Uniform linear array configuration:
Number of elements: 32
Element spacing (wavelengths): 0.75
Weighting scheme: uniform
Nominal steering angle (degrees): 30
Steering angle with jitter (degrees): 28.86
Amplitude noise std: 0.05
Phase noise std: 0.05

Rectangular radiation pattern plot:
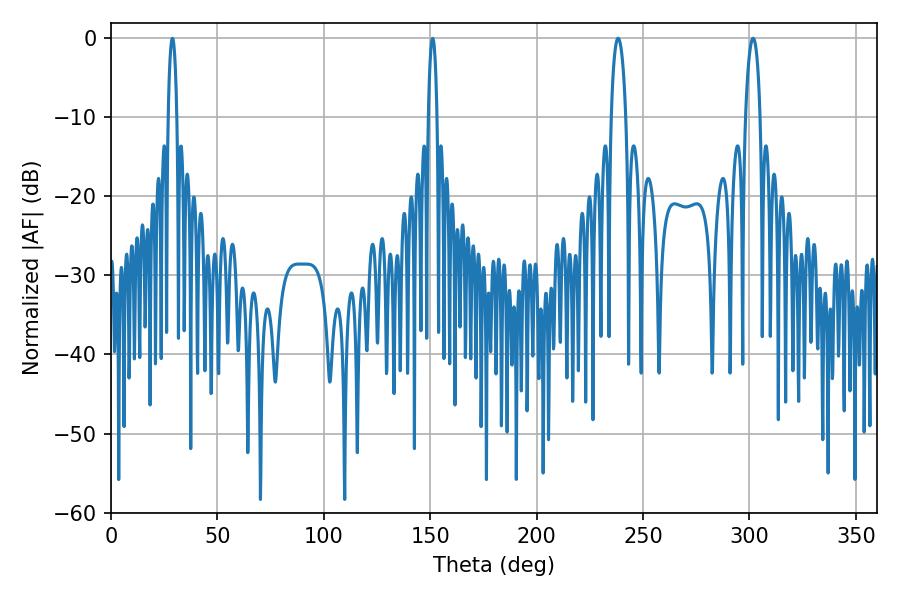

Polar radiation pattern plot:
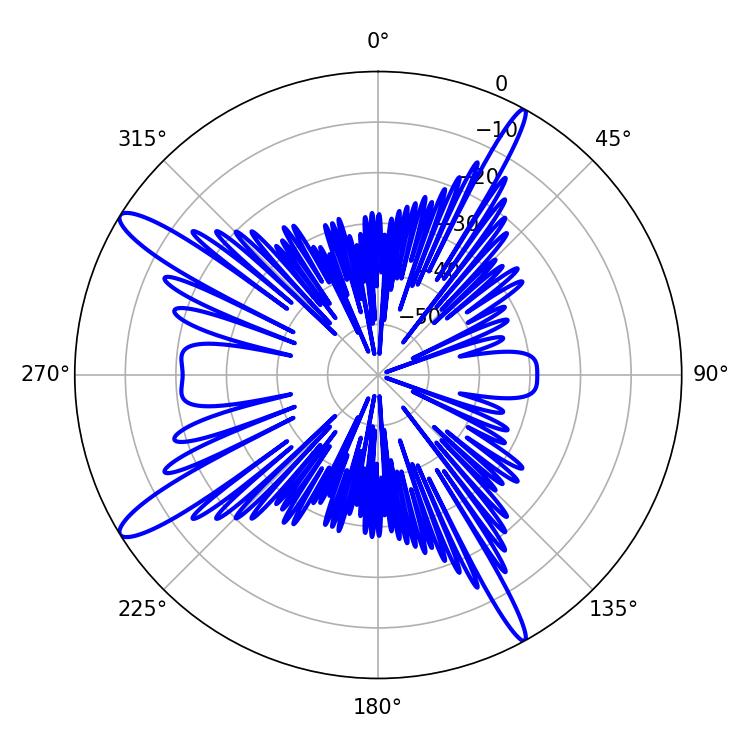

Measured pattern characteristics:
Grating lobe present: TRUE
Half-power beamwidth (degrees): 3.96
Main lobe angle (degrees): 301.68